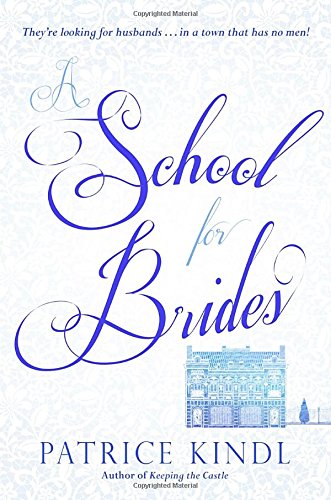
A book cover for A School for Brides: A Story of Maidens, Mystery, and Matrimony; Patrice Kindl; Teen & Young Adult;